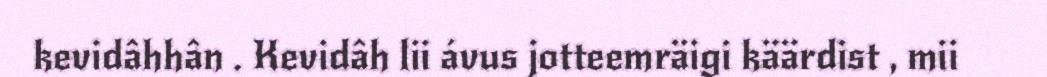
kevidâhhân . Kevidâh lii ávus jotteemräigi käärdist , mii